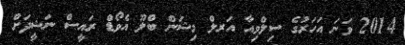
2014 ވަނަ އަހަރުގެ ސިލްވިއާ އަރލް މިޝަން ބްލޫ އެވޯޑް ރައީސް ނަޝީދަށް